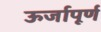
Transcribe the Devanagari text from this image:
ऊर्जापूर्ण